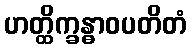
ဟတ္ထိက္ခန္ဓာဝပတိတံ